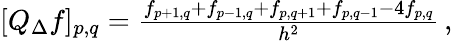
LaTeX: \begin{array}{r}{[Q_{\Delta}f]_{p,q}=\frac{f_{p+1,q}+f_{p-1,q}+f_{p,q+1}+f_{p,q-1}-4f_{p,q}}{h^{2}}\, ,}\end{array}